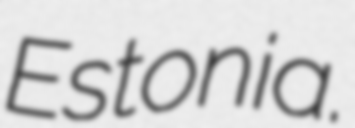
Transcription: Estonia.